Civil Veterinary Department Bihar reports 1936-40 - 1936-1940
Year: 1936
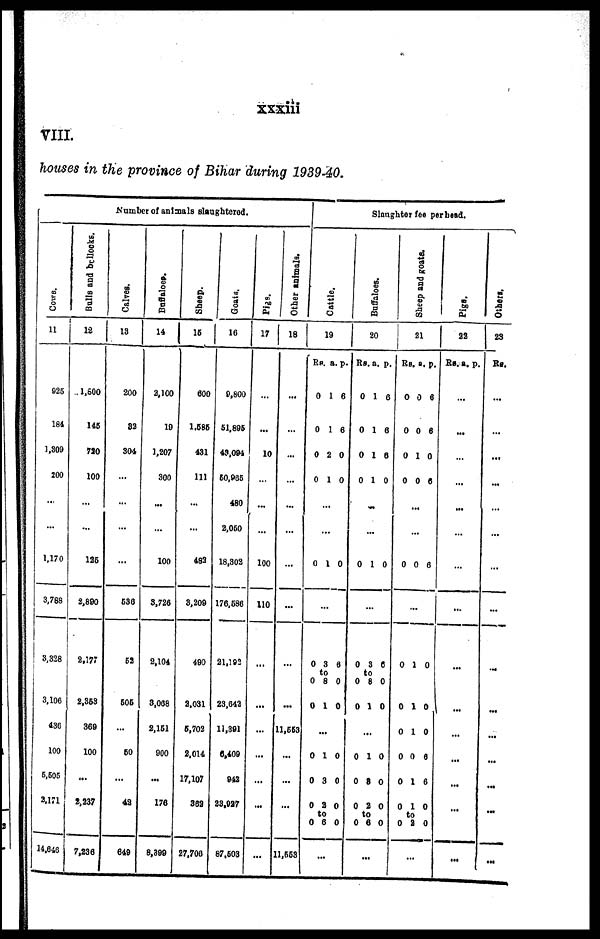
xxxiii
VIII.
houses in the province of Bihar during 1939-40.
Number of animals slaughtered.
COWS.
11
925
184
1,309
200
...
...
1,170
3,788
3,328
3,106
436
100
5,505
2,171
14,646
Bulls and bullocks.
12
1,600
145
720
100
...
...
125
2,890
2,177
2,358
369
100
...
2,237
7,236
Calves.
13
200
32
304
...
...
...
...
538
52
505
...
60
...
42
649
Buffaloes.
14
2,100
19
1,207
300
...
...
100
8,726
2,104
3,068
2,151
900
...
176
8,399
Sheep.
15
600
1,685
431
111
...
..
482
3,209
490
2.031
6,702
2,014
17,107
362
27,706
Goats.
16
9,800
51,895
49,094
50,965
480
2,050
18,302
176,586
21,192
23,642
11,391
6,409
942
23,927
87,603
Pigs.
17
...
...
10
...
...
...
100
110
...
...
...
...
...
...
...
Other animals.
18
...
...
...
...
...
...
...
...
...
...
11,553
...
...
...
11,553
Slanghter fee perhead.
Cattle.
19
Rs.
0
0
0
0
.
...
0
...
0
0
0
...
0
0
0
0
...
a.
1
1
2
1
..
1
3
to
8
1
1
3
2
to
6
p.
6
6
0
0
0
6
0
0
0
0
0
0
Buffaloes.
20
Rs.
0
0
0
0
...
.
0
...
0
0
0
..
0
0
0
0
...
a.
1
1
1
1
..
1
3
to
8
1
.
1
8
2
to
6
p.
6
6
6
0
0
6
0
0
0
0
0
0
Sheep and goats.
21
Rs.
0
0
0
0
.
.
0
...
0
0
0
0
0
0
0
to
0
...
a.
0
0
1
0
..
..
0
0
1
1
0
1
1
2
p.
6
6
0
6
6
0
0
6
6
0
0
Pigs.
22
RS. a. p.
...
...
...
...
...
...
...
...
...
...
...
...
...
...
...
Others.
23
Rs.
...
...
...
...
...
...
...
...
...
...
..
...
...
...
...